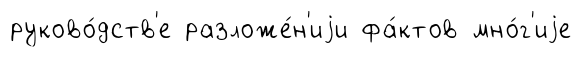
руково́дств'е разложе́н'иjи фа́ктов мно́г'иjе